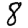
Digit: 8